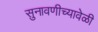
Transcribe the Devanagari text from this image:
सुनावणीच्यावेळी